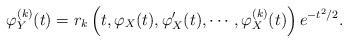
LaTeX: \begin{align*} \varphi_Y^{(k)}(t) = r_k\left( t, \varphi_X(t),\varphi_X'(t), \cdots,\varphi_X^{(k)}(t) \right) e^{-t^2/2}.\end{align*}